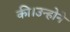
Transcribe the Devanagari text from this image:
की।उन्होने